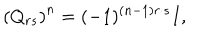
\left( Q _ { r s } \right) ^ { n } = ( - 1 ) ^ { ( n - 1 ) r \cdot s } I ,